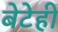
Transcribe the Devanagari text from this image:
बेटेही